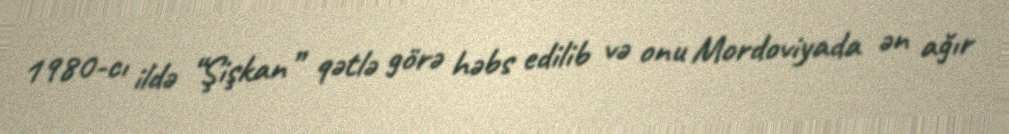
1980-cı ildə “Şişkan” qətlə görə həbs edilib və onu Mordoviyada ən ağır